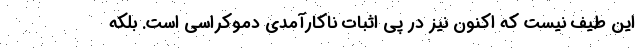
این طیف نیست که اکنون نیز در پی اثبات ناکارآمدی دموکراسی است. بلکه